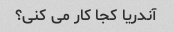
آندریا کجا کار می کنی؟